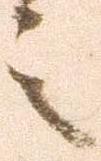
之